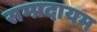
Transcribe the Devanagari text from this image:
सम्प्रदायम